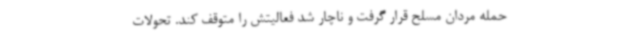
حمله مردان مسلح قرار گرفت و ناچار شد فعالیتش را متوقف کند. تحولات